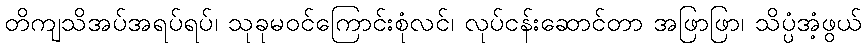
တိကျသိအပ်အရပ်ရပ်၊ သုခုမဝင်ကြောင်းစုံလင်၊ လုပ်ငန်းဆောင်တာ အဖြာဖြာ၊ သိပ္ပံအံ့ဖွယ်